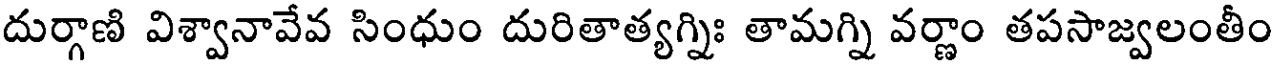
దుర్గాణి విశ్వానావేవ సింధుం దురితాత్యగ్నిః తామగ్ని వర్ణాం తపసాజ్వలంతీం